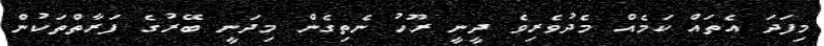
މިފަދަ އެތައް ކަމެއް މެދުވެރިވެ ދީނީ ރޫހު ނެތިގެން މިދަނީ ބޭރުގެ ފަރާތްތަކުން